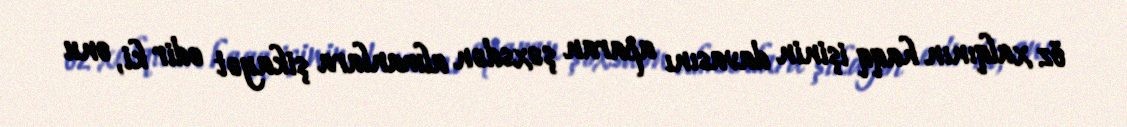
öz xalqının haqq işinin davasını aparan şəxsdən almanlara şikayət edir ki, onu